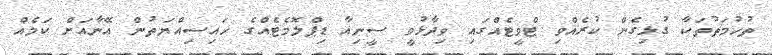
ތުހުމަތުތަކާ ގުޅިގެން ކުރެއްވި ޓްވީޓެއްގައި ވިދާޅުވީ ސީނިއާ ޑިޕްލޮމެޓެއްގެ ހައިސިއްޔަތުން އޭނާއަށް ކަމެއް